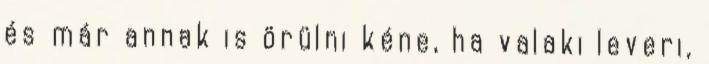
és már annak is örülni kéne, ha valaki leveri,